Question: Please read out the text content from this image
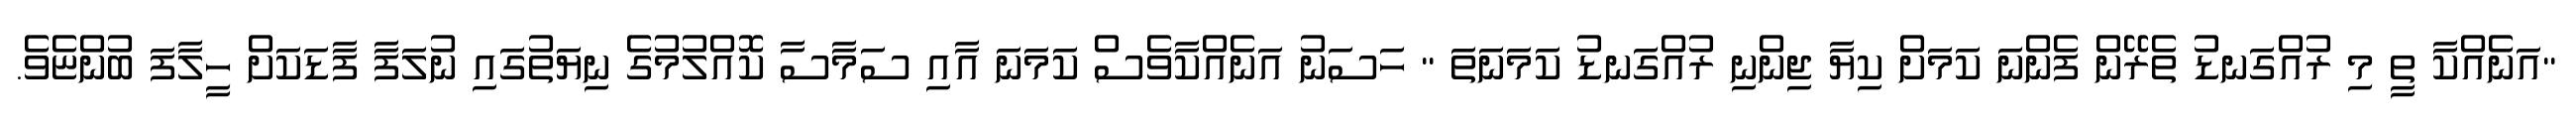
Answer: "އަނެއްކާ ތީ މި ރުއްގަނޑު ތެރޭން ފެންނަ ކަމަށް ކިޔާ ޖިންނި ރުއްގަނޑު ކަމަނަތަ " ހަސަނު އަނެއްކާވެސް ކަމަނަ އާއި ސަމާސާ ކޮއްލުމުގެ ނިޔަތުގައި ނުލަފާ ފާޑަކަށް ހީލާފަ ބުންޏެވެ.